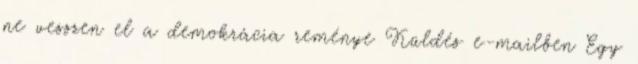
ne vesszen el a demokrácia reménye Küldés e-mailben Egy